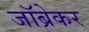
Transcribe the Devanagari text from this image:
जॉब्रेकर